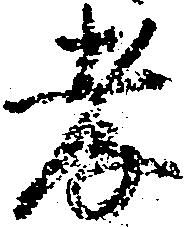
孝